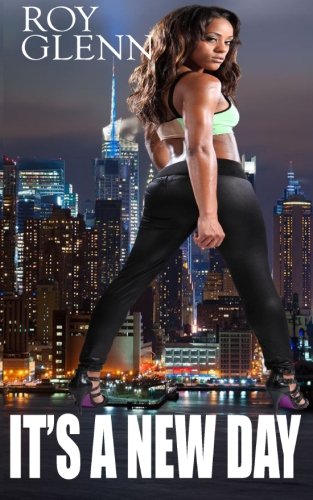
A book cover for It's A New Day; Roy Glenn; Mystery, Thriller & Suspense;